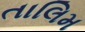
તાલિમ